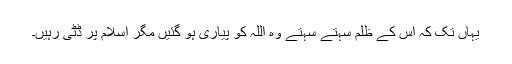
یہاں تک کہ اس کے ظلم سہتے سہتے وہ اللہ کو پیاری ہو گئیں مگر اسلام پر ڈٹی رہیں۔